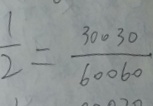
\frac { 1 } { 2 } = \frac { 3 0 0 3 0 } { 6 0 0 6 0 }